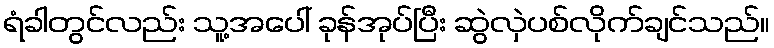
ရံခါတွင်လည်း သူ့အပေါ် ခုန်အုပ်ပြီး ဆွဲလှဲပစ်လိုက်ချင်သည်။